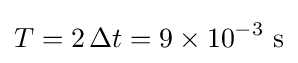
T=2\,\Delta t=9\times 10^{-3}{\text{ s}}